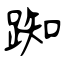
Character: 踟